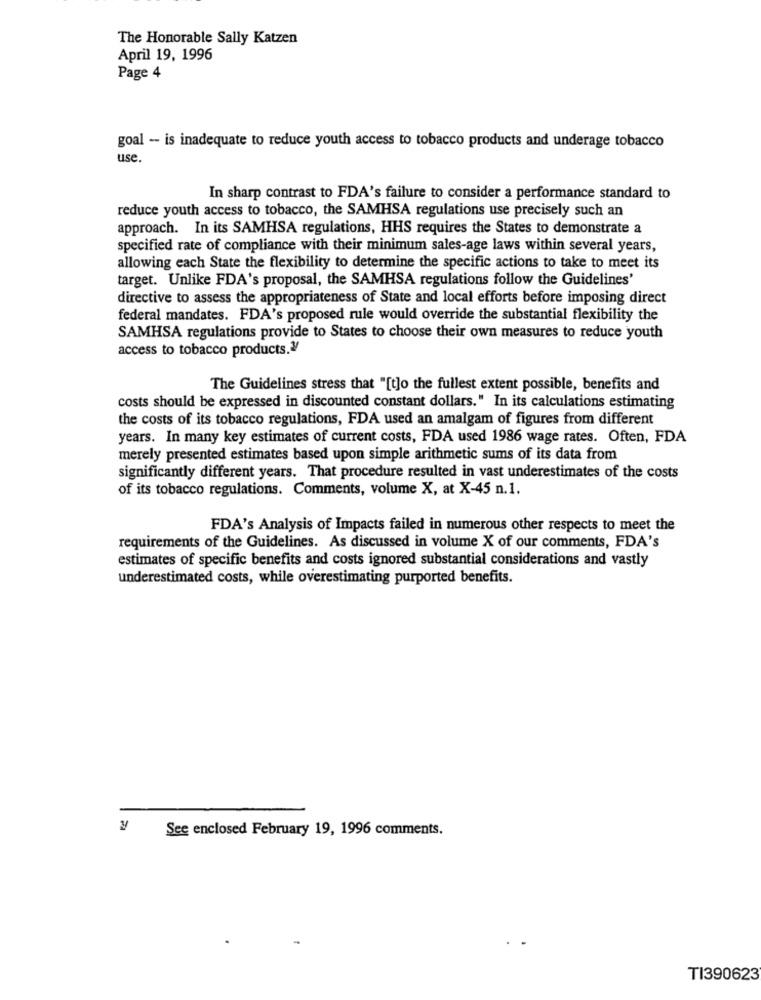
The Honorable Sally Katzen
April 19, 1996
Page 4
goal - is inadequate to reduce youth access to tobacco products and underage tobacco
use
In sharp contrast to FDA's failure to consider a performance standard to
reduce youth access to tobacco, the SAMHSA regulations use precisely such an
approach. In its SAMHSA regulations, HHS requires the States to demonstrate a
specified rate of compliance with their minimum sales-age laws within several years,
allowing each State the flexibility to determine the specific actions to take to meet its
target. Unlike FDA's proposal, the SAMHSA regulations follow the Guidelines'
directive to assess the appropriateness of State and local efforts before imposing direct
federal mandates. FDA's proposed rule would override the substantial flexibility the
SAMHSA regulations provide to States to choose their own measures to reduce youth
access to tobacco products.V
The Guidelines stress that "[t]o the fullest extent possible, benefits and
costs should be expressed in discounted constant dollars." In its calculations estimating
the costs of its tobacco regulations, FDA used an amalgam of figures from different
years. In many key estimates of current costs, FDA used 1986 wage rates. Often, FDA
merely presented estimates based upon simple arithmetic sums of its data from
significantly different years. That procedure resulted in vast underestimates of the costs
of its tobacco regulations. Comments, volume X, at X-45 n.1.
FDA's Analysis of Impacts failed in numerous other respects to meet the
requirements of the Guidelines. As discussed in volume X of our comments, FDA's
estimates of specific benefits and costs ignored substantial considerations and vastly
underestimated costs, while overestimating purported benefits.
See enclosed February 19, 1996 comments.
TI390623